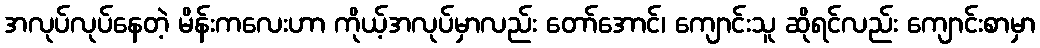
အလုပ်လုပ်နေတဲ့ မိန်းကလေးဟာ ကိုယ့်အလုပ်မှာလည်း တော်အောင်၊ ကျောင်းသူ ဆိုရင်လည်း ကျောင်းစာမှာ